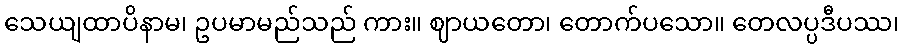
သေယျထာပိနာမ၊ ဥပမာမည်သည် ကား။ ဈာယတော၊ တောက်ပသော။ တေလပ္ပဒီပဿ၊